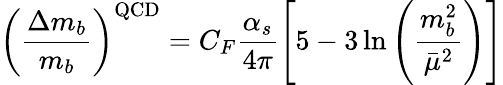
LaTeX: \left({\frac{\Delta m_{b}}{m_{b}}}\right)^{\mathrm{QCD}}=C_{F}\frac{\alpha_{s}}{4\pi}\left[5-3\ln\left(\frac{m_{b}^{2}}{\bar{\mu}^{2}}\right)\right]